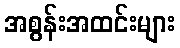
အစွန်းအထင်းများ